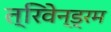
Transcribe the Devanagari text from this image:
त्रिवेन्ड्रम